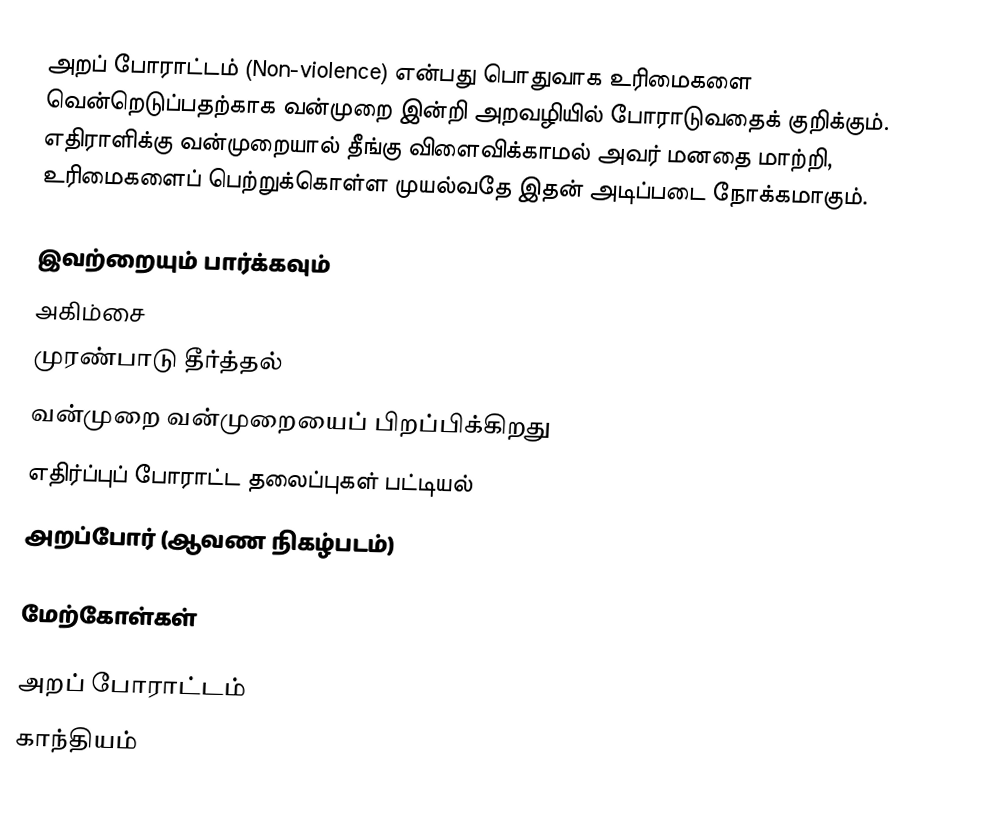
அறப் போராட்டம் (Non-violence) என்பது பொதுவாக உரிமைகளை வென்றெடுப்பதற்காக வன்முறை இன்றி அறவழியில் போராடுவதைக் குறிக்கும். எதிராளிக்கு வன்முறையால் தீங்கு விளைவிக்காமல் அவர் மனதை மாற்றி, உரிமைகளைப் பெற்றுக்கொள்ள முயல்வதே இதன் அடிப்படை நோக்கமாகும்.

இவற்றையும் பார்க்கவும்
 அகிம்சை
 முரண்பாடு தீர்த்தல்
 வன்முறை வன்முறையைப் பிறப்பிக்கிறது
 எதிர்ப்புப் போராட்ட தலைப்புகள் பட்டியல்
 அறப்போர் (ஆவண நிகழ்படம்)

மேற்கோள்கள்

அறப் போராட்டம்
காந்தியம்